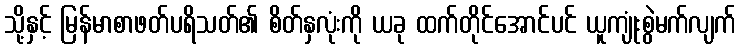
သို့နှင့် မြန်မာစာဖတ်ပရိသတ်၏ စိတ်နှလုံးကို ယခု ထက်တိုင်အောင်ပင် ယူကျုံးစွဲမက်လျက်